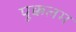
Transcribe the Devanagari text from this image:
पूक्कलम